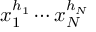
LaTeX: x _ { 1 } ^ { h _ { 1 } } \cdots x _ { N } ^ { h _ { N } }